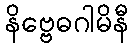
နိဗ္ဗေဓဂါမိနီ